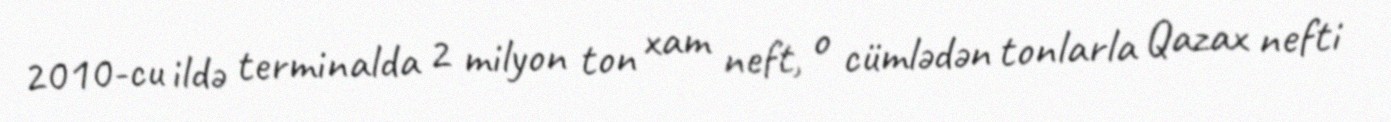
2010-cu ildə terminalda 2 milyon ton xam neft, o cümlədən tonlarla Qazax nefti